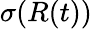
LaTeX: \sigma(R(t))